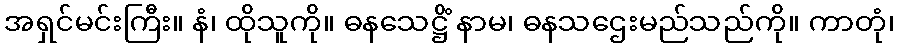
အရှင်မင်းကြီး။ နံ၊ ထိုသူကို။ ဓနသေဋ္ဌိံ နာမ၊ ဓနသဌေးမည်သည်ကို။ ကာတုံ၊